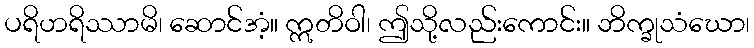
ပရိဟရိဿာမိ၊ ဆောင်အံ့။ ဣတိဝါ၊ ဤသို့လည်းကောင်း။ ဘိက္ခုသံဃော၊